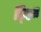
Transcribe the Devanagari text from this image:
छ्हित